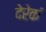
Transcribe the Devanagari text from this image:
देरेकं